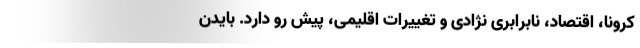
کرونا، اقتصاد، نابرابری نژادی و تغییرات اقلیمی، پیش رو دارد. بایدن